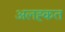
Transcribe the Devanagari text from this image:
अलह्कत